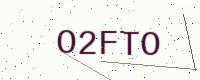
Text: O2FTO